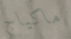
ماكياج